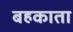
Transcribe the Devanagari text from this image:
बहकाता